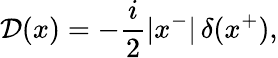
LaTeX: {\cal D}(x)=-\frac{i}{2}|x^{-}|\, \delta(x^{+}),